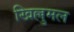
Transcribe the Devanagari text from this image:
खिल्लुमल